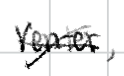
Text: venter,
Cross-out: cross
Writing tool: digital_black